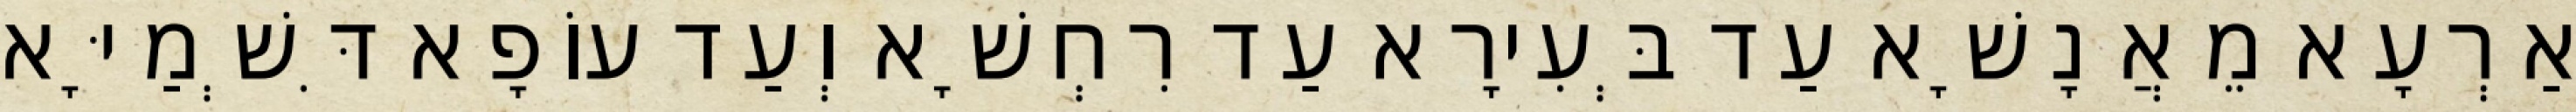
אַרְעָא מֵאֲנָשָׁא עַד בְּעִירָא עַד רִחְשָׁא וְעַד עוֹפָא דִּשְׁמַיָּא